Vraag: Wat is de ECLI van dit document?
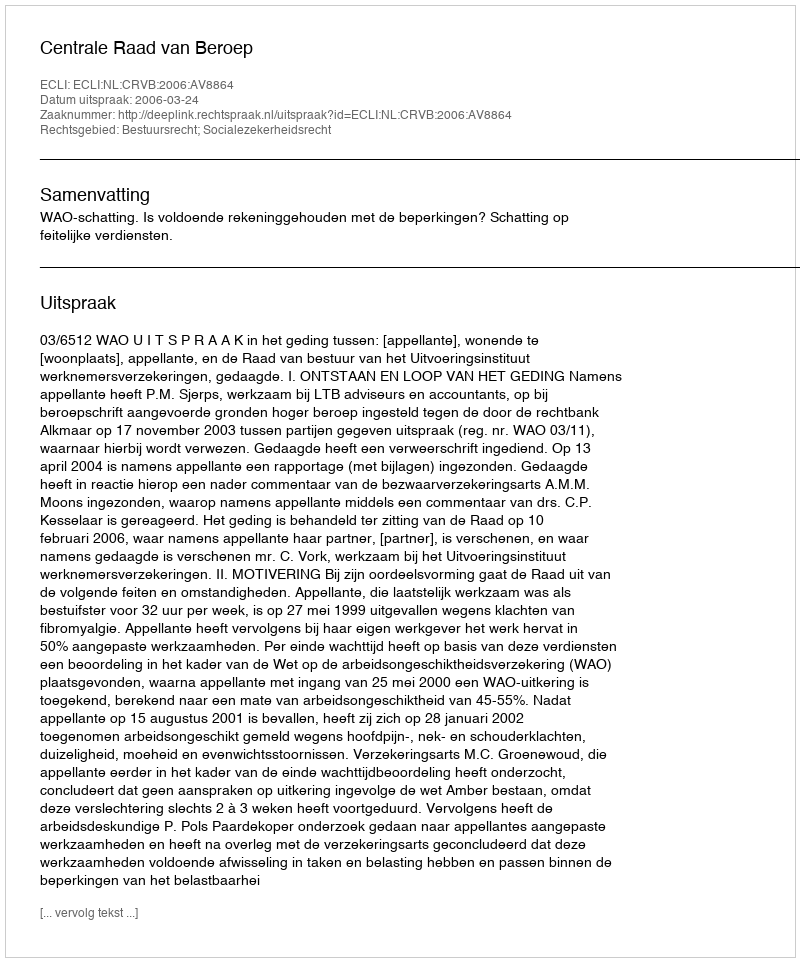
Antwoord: ECLI:NL:CRVB:2006:AV8864